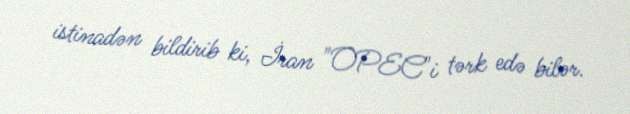
istinadən bildirib ki, İran "OPEC"i tərk edə bilər.